Report on vaccination in Madras 1904-1921 - 1904-1921
Year: 1904
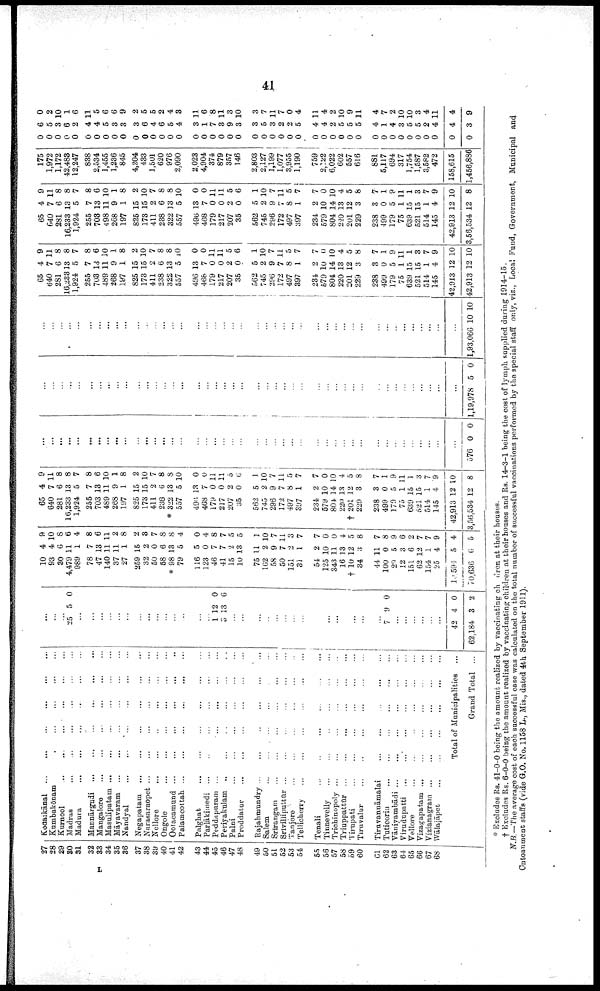
41
27
28
29
30
31
32
33
34
35
36
37
38
39
40
41
42
43
44
45
46
47
48
49
50
51
52
53
54
55
56
57
58
59
60
61
62
63
64
65
66
67
68
Kodaikānal ... ... ... ... ... ... ...
Kumbakōnam ... ... ... ... ... ... ...
Kurnool
...
...
...
...
...
...
...
Madras ... ... ... ... ... ... ...
Madura
...
...
...
...
...
...
...
Mannārgudi
...
...
...
...
...
...
...
Mangalore
...
...
...
...
...
...
...
Masulipatam ... ... ... ... ... ... ...
Māyavaram ... ... ... ... ... ... ...
Nandyal ... ... ... ... ... ... ...
Negapatam
... ... ... ... ... ... ...
Narasaraopet ... ... ... ... ... ... ...
Nellore ... ... ... ... ... ... ...
Ongole ... ... ... ... ... ... ...
Ootacamund ... ... ... ... ... ... ...
Palamcottah
...
...
...
...
...
...
...
Palghat
...
...
...
...
...
...
Parlākimedi ... ... ... ... ... ... ...
Peddapuram ... ... ... ... ... ...
Periyakulam
...
...
...
...
...
...
Palni ... ... ... ... ... ...
Proddatur ... ...... ... ... ...
Rajahmundry ... ... ... ... ... ...
Salem ... ... ... ... ... ...
Srīrangam ... ... ... ... ... ...
Srivilliputtūr
...
...
...
...
...
...
Tanjore ... ... ... ... ... ...
Tellicherry
...
...
...
...
...
...
Tenali ... ... ... ... ... ...
Tinnevelly
...
...
...
...
...
...
Trichinopoly
...
...
...
...
...
...
Triuppattūr
...
...
...
...
...
...
Tirupati
...
...
...
...
...
...
...
Tiruvalur ... ... ... ... ... ...
Tiruvannāmalai
...
...
...
...
...
...
Tuticorin
...
...
...
...
...
...
Vaniyambādi
...
...
...
...
...
...
Virudupatti
...
...
...
...
...
...
Vellore
...
...
...
...
...
...
Vizagapatam
...
...
...
...
...
...
Vizianagram
...
...
...
...
...
...
Wālajāpet
...
...
...
...
...
...
Total of Municipalities ...
Grand Total ...
...
...
...
25 5 0
...
...
...
...
...
...
...
...
...
...
...
...
...
...
1
3
12
13
0
6
...
...
...
...
...
...
...
...
...
...
...
...
...
...
...
7 9 0
...
...
...
...
...
...
42
62,184
4
3
0
2
10
93
80
4,479
989
78
47
140
37
27
259
32
50
58
* 98
79
116
123
46
41
15
10
75
162
58
50
151
31
54
125
343
16
† 10
34
44
100
29
12
151
62
154
25
10,594
70,636
4
4
6
11
1
7
13
11
11
1
15
2
0
6
13
5
5
0
7
7
2
13
11
2
9
7
2
1
2
10
11
13
12
3
11
0
5
3
6
12
1
4
5
6
9
10
8 6
4
8
6
11
2
8
2
3
7
8
8
4
0
4
8
7
5
5
1
10
7
11
3
7
7
0
0
4
5
8
7
8
9
6
2
7
7
9
4
5
65
640
281
16,233
1,924
255
703
489
268
197
825
173
411
238
* 322
557
496
468
179
217
207
35
562
745
296
172
497
397
234
579
804
220
† 201
229
238
499
179
75
639
521
514
145
42,913
3,56,534
4
7
6
13
5
7
13
11
9
1
15
15
2
6
13
5
13
7
0
0
2
0
5
2
9
7
8
1
2
10
14
13
12
3
3
0
5
1
15
15
1
4
12
12
9
11
8
8
7
8
6
10
1
8
2
10
7
8
8
10
0
0
11
11
5
6
1
10
7
11
5
7
7
0
10
4
5
8
7
1
9
11
1
3
7
9
10
8
...
...
...
...
...
...
...
...
...
...
...
...
...
...
...
...
...
...
...
...
...
...
...
...
...
...
...
...
...
...
...
...
...
...
...
...
...
...
...
...
...
...
...
576 0 0
...
...
...
...
...
...
...
...
...
...
...
...
...
...
...
...
...
...
...
...
...
...
...
...
...
...
...
...
...
...
...
...
...
...
...
...
...
...
...
...
...
...
...
1,19,978 5 0
...
...
...
...
...
...
...
...
...
...
...
...
...
...
...
...
...
...
...
...
...
...
...
...
...
...
...
...
...
...
...
...
...
...
...
...
...
...
...
...
...
...
...
1,93,066 10 10
65
640
281
16,233
1,924
255
703
489
268
197
825
173
411
238
322
557
496
468
179
217
207
35
562
745
296
172
497
397
234
579
804
220
201
229
238
499
179
75
639
521
514
145
42,913
42,913
4
7
6
13
5
7
13
11
9
1
15
15
2
6
13
5
13
7
0
0
2
0
5
2
9
7
8
1
2
10
14
13
12
3
3
0
5
1
15
15
1
4
12
12
9
11
8
8
7
8
6
10
1
8
2
10
7
8
8
10
0
0
11
11
5
6
1
10
7
11
5
7
7
0
10
4
5
8
7
1
9
11
1
3
7
9
10
10
65
640
281
16,233
1,924
255
703
498
268
197
825
173
411
238
322
557
496
468
179
217
207
35
562
745
296
172
497
397
234
579
804
220
201
229
238
499
179
75
639
521
514
145
42,913
3,56,534
4
7
6
13
5
7
13
11
9
1
15
15
2
6
13
5
13
7
0
0
2
0
5
2
9
7
8
1
2
10
14
13
12
3
3
0
5
1
15
15
1
4
12
12
9
11
8
8
7
8
6
10
1
8
2
10
7
8
8
10
0
0
11
11
5
6
1
10
7
11
5
7
7
0
10
4
5
8
7
1
9
11
1
3
7
9
10
8
175
1,972
1,172
42,483
12,247
838
2,534
1,455
1,236
845
4,204
433
1,501
620
976
2,090
2,023
4,904
374
879
357
146
2,803
2,127
1,199
1,077
3,955
1,190
759
2,122
6,022
602
557
616
881
5,117
694
317
1,754
1,587
3,582
472
158,615
1,456,886
0
0
0
0
0
0
0
0
0
0
0
0
0
0
0
0
0
0
0
0
0
0
0
0
0
0
0
0
0
0
0
0
0
0
0
0
0
0
0
0
0
0
0
0
6
5
3
6
2
4
4
5
3
3
3
6
4
6
5
4
3
1
7
3
9
3
3
5
3
2
2
5
4
4
2
5
5
5
4
1
4
3
5
5
2
4
4
3
0
2
10
1
6
11
5
6
6
9
2
5
5
2
4
3
11
6
8
11
3
10
3
7
11
7
0
4
11
4
2
10
9
11
4
7
2
10
10
3
4
11
4
9
* Excludes Rs. 41-0-0 being the amount realized by vaccinating children at their houses.
† Excludes Rs. 6-0-0 being the amount realized by vaccinating children at their houses and Rs. 14-3-1 being the cost of lymph supplied during 1914-15.
N.B.— The average cost of each successful case was calculated on the total number of successful vaccinations performed by the special staff only, viz., Local Fund, Government, Municipal and
Cntoanment staffs (vide G.O. No. 1158 L., Mis., dated 4th September 1911).
L